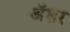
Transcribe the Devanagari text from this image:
अॅशर